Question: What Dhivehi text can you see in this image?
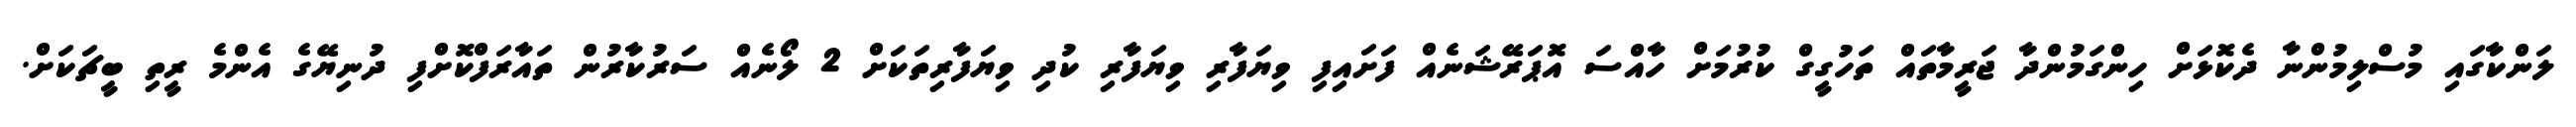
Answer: ލަންކާގައި މުސްލިމުންނާ ދެކޮޅަށް ހިންގަމުންދާ ޖަރީމާތައް ތަހުގީގް ކުރުމަށް ހާއްސަ އޮޕަރޭޝަނެއް ފަށައިފި ވިޔަފާރި ވިޔަފާރި ކުދި ވިޔަފާރިތަކަށް 2 ލޯނެއް ސަރުކާރުން ތައާރަފްކޮށްފި ދުނިޔޭގެ އެންމެ ރީތި ބީޗަކަށް.